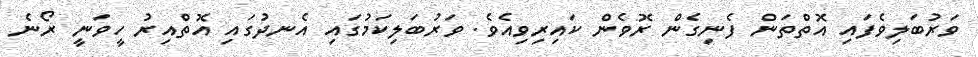
ވަރުބަލިވެފައި އޮތްތަން ފެނިގެން ރޮވެން ކައިރިވިއެވެ. ވަރުބަލިކަމުގައި އެނދުގައި އޮތްއިރު ހީވަނީ ރޯނެ